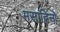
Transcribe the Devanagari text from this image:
मसाहिनो